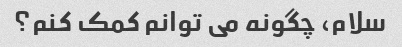
سلام، چگونه می توانم کمک کنم؟